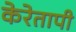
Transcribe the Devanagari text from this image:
केरेतापी